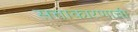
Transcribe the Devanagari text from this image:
सत्ताकारणाची